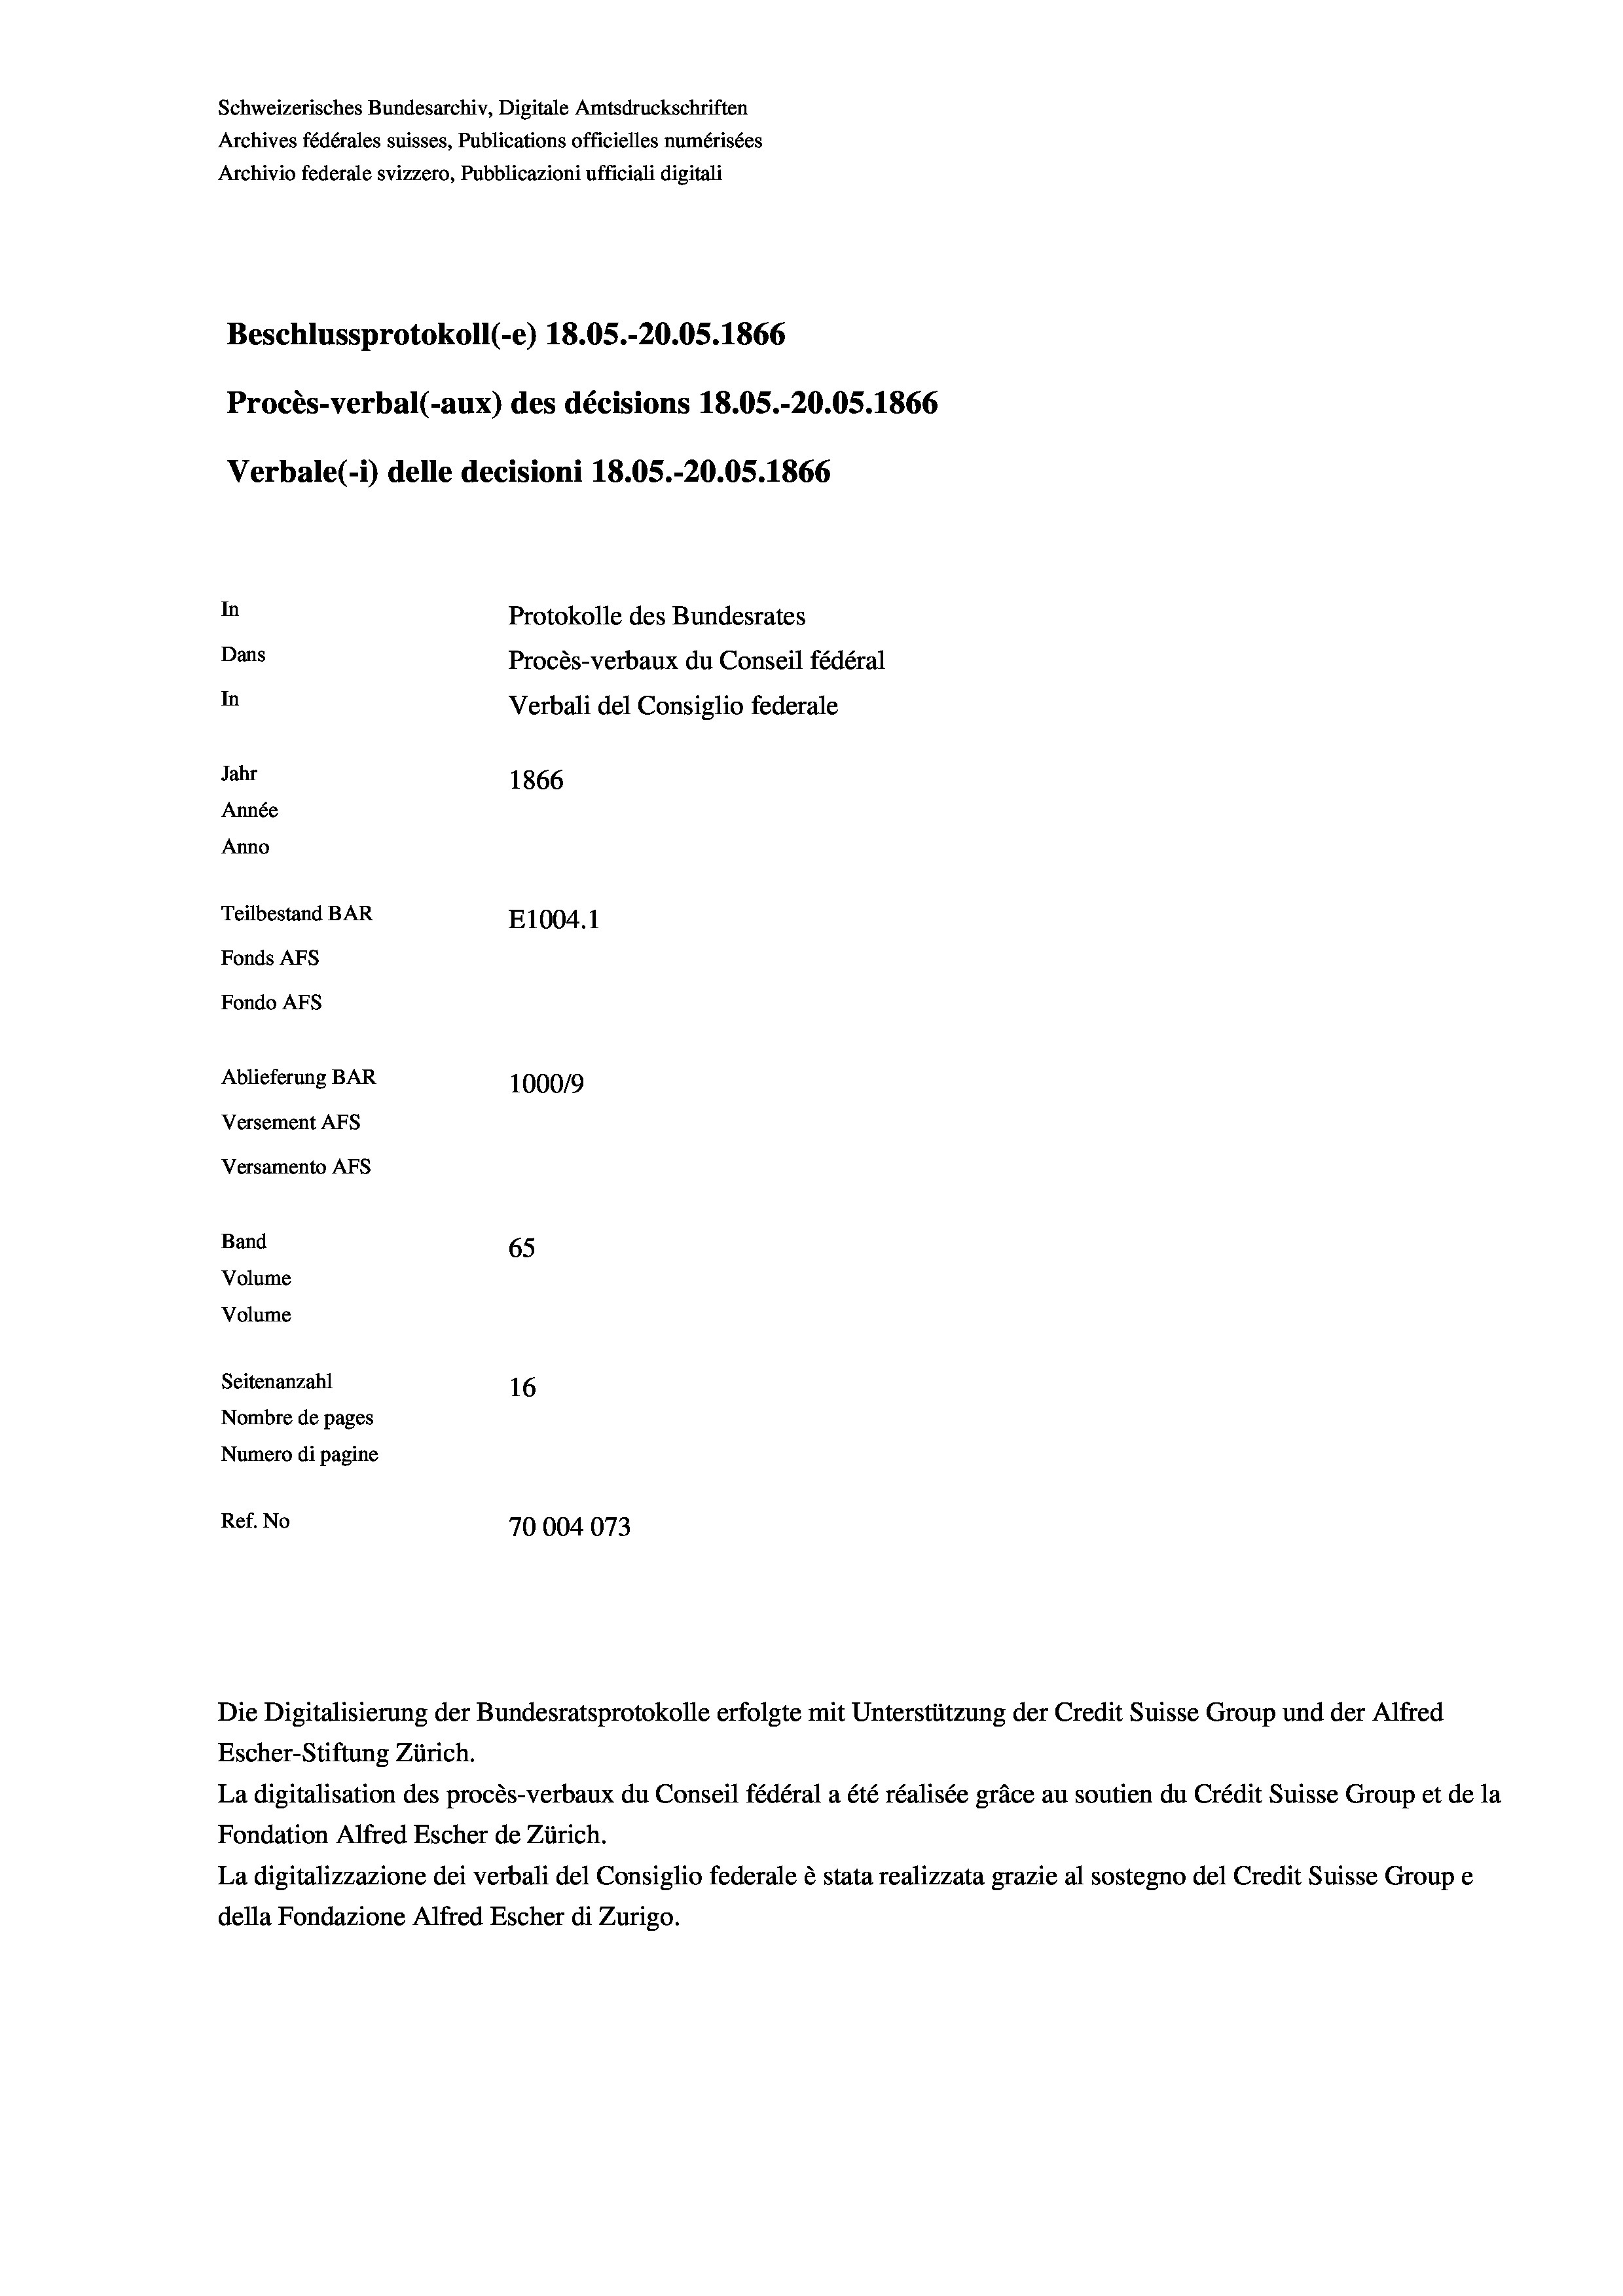
Schweizerisches Bundesarchiv, Digitale Amtsdruckschriften
Archives fédérales suisses, Publications officielles numérisées
Archivio federale svizzero, Pubblicazioni ufficiali digitali
Beschlussprotokoll (-e) 18.05.-20.05. 1866
Procès-verbal (-aux) des décisions 18.05.-20.05. 1866
Verbale (1) delle decisioni 18.05.-20.05. 1866
In
Protokolle des Bundesrates
Dans
Procès-verbaux du Conseil fédéral
In
Verbali del Consiglio federale
Jahr
1866
Année
Anno
Teilbestand BAR
E1004. 1
Fonds AFs
Fondo Afs
Ablieferung BAR
100019
Versement AFs
Versamento Afs
Band
65
Volume
Volume
Seitenanzahl
16

Nombre de pages
Numero di pagine
Ref. No
70004073

Escher-Stiftung Zürich.
La digitalisation des procès-verbaux du Conseil fédéral a été réalisée gräce au soutien du Crédit Suisse Group et de la
Fondation Alfred Escher de Zürich.
La digitalizzazione dei verbali del Consiglio federale è stata realizzata grazie al sostegno del Credit Suisse Groupe
della Fondazione Alfred Escher di Zurigo.

Die Digitalisierung der Bundesratsprotokolle erfolgte mit Unterstützung der Credit Suisse Group und der Alfred